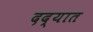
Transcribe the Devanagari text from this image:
दद्यात